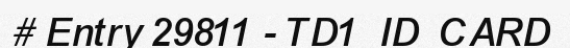
# Entry 29811 - TD1_ID_CARD